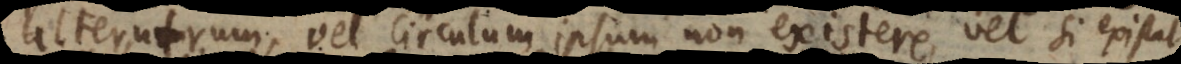
alterutrum, vel circulum ipsum non existere, vel si existat